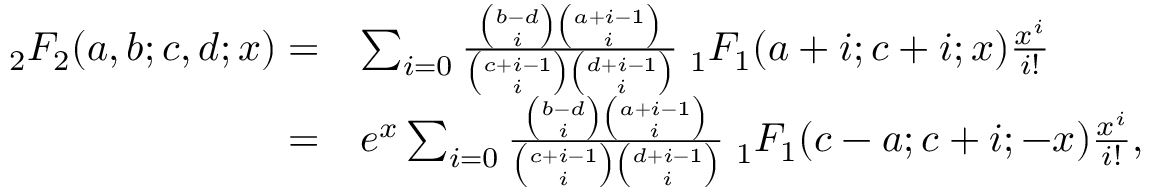
{ \begin{array} { r l } { _ { 2 } F _ { 2 } ( a , b ; c , d ; x ) = } & { \sum _ { i = 0 } { \frac { { \binom { b - d } { i } } { \binom { a + i - 1 } { i } } } { { \binom { c + i - 1 } { i } } { \binom { d + i - 1 } { i } } } } \; _ { 1 } F _ { 1 } ( a + i ; c + i ; x ) { \frac { x ^ { i } } { i ! } } } \\ { = } & { e ^ { x } \sum _ { i = 0 } { \frac { { \binom { b - d } { i } } { \binom { a + i - 1 } { i } } } { { \binom { c + i - 1 } { i } } { \binom { d + i - 1 } { i } } } } \; _ { 1 } F _ { 1 } ( c - a ; c + i ; - x ) { \frac { x ^ { i } } { i ! } } , } \end{array} }